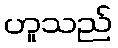
ဟူသည်